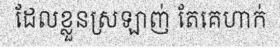
ដែលខ្លួនស្រឡាញ់ តែគេហាក់